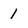
Character: 1